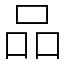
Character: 品